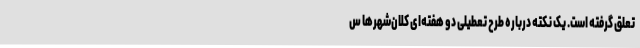
تعلق گرفته است. یک نکته درباره طرح تعطیلی دو هفته‌ای کلان‌شهرها س